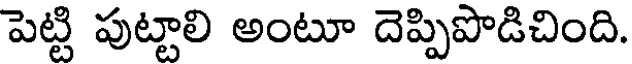
పెట్టి పుట్టాలి అంటూ దెప్పిపొడిచింది.